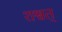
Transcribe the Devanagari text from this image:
शश्वत्